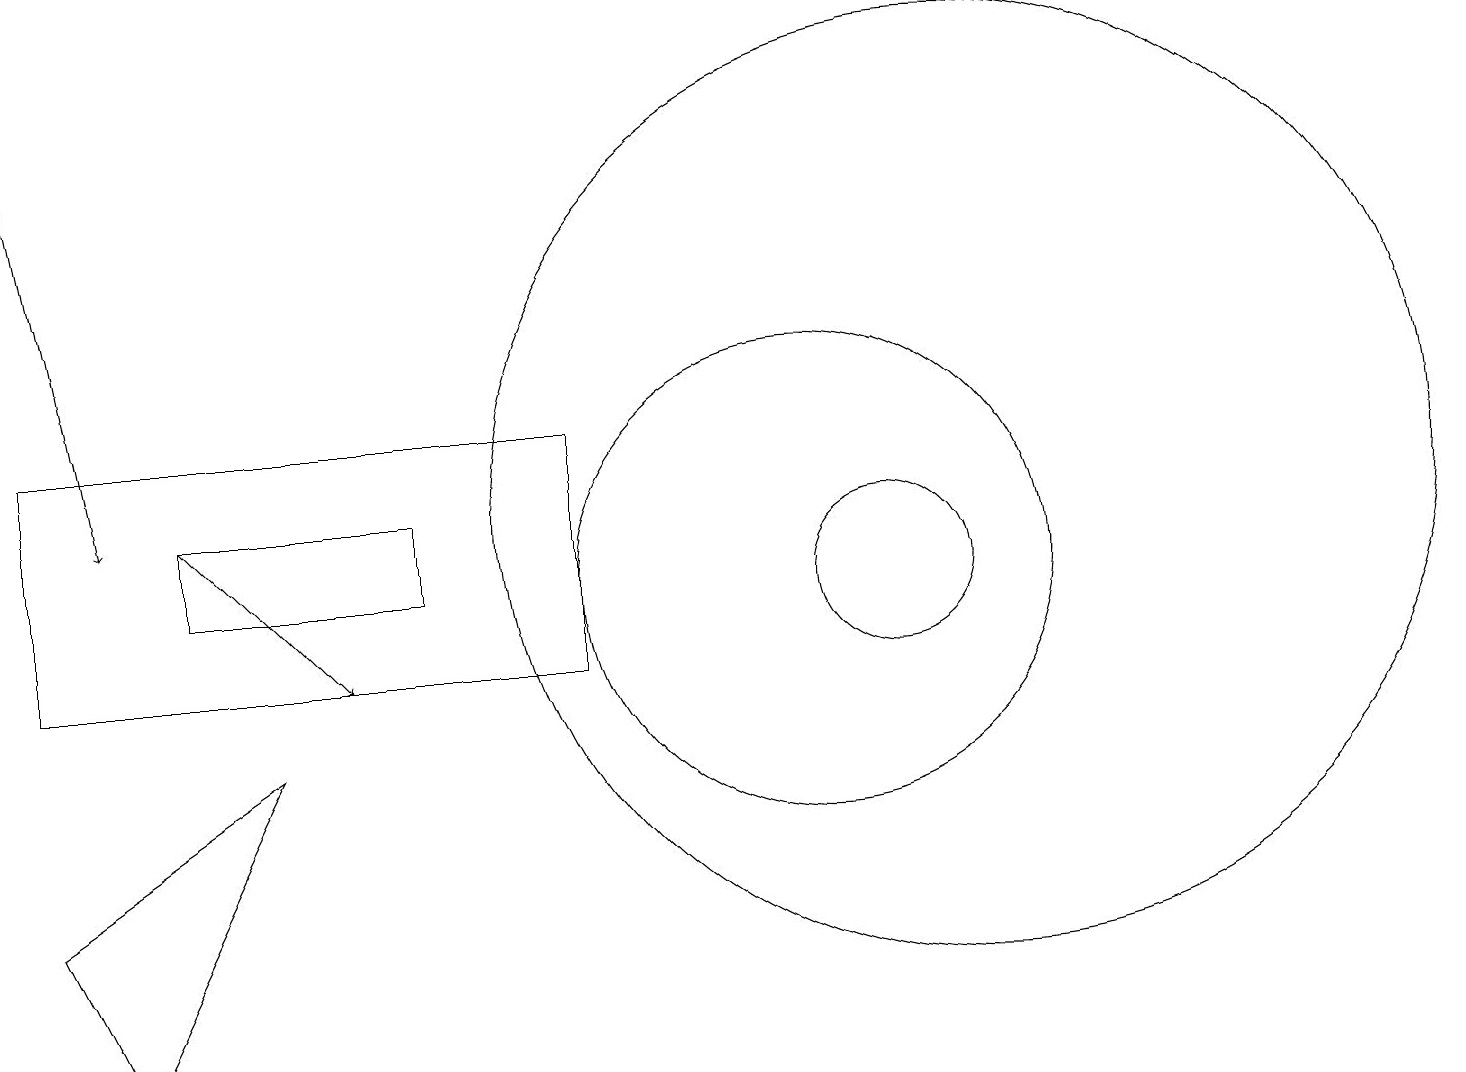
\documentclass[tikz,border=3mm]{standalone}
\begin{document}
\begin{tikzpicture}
\draw[->] (0,17) -- (1,12);
\draw (7,13) rectangle (0,10);
\draw (1,5) -- (0,7) -- (3,9) -- cycle;
\draw (5,11) rectangle (2,12);
\draw (11,11) circle (1);
\draw (12,12) circle (6);
\draw (10,11) circle (3);
\draw[->] (2,12) -- (4,10);
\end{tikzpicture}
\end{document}